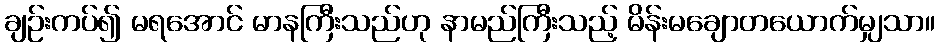
ချဉ်းကပ်၍ မရအောင် မာနကြီးသည်ဟု နာမည်ကြီးသည့် မိန်းမချောတယောက်မျှသာ။